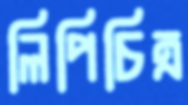
লিপিচিত্র